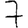
Digit: 7